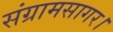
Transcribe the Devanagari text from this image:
संग्रामसागर।